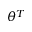
\theta ^ { T }